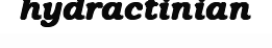
hydractinian